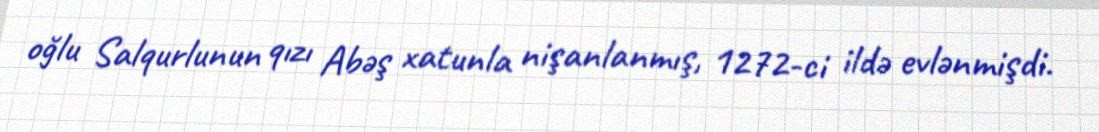
oğlu Salqurlunun qızı Abəş xatunla nişanlanmış, 1272-ci ildə evlənmişdi.